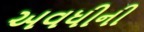
અવધીની